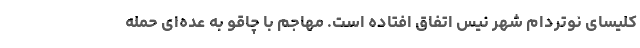
کلیسای نوتردام شهر نیس اتفاق افتاده است. مهاجم با چاقو به عده‌ای حمله